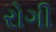
રોગી